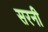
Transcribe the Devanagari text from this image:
सरनी